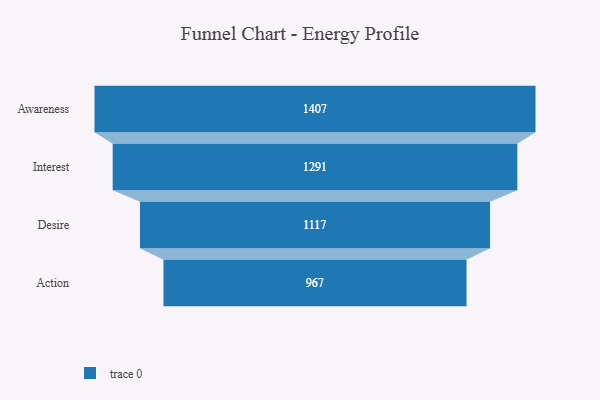
{"axis": {"x": "Stage", "y": "Value"}, "legend": [""], "data": [{"x": "Awareness", "y": 1407.0, "type": ""}, {"x": "Interest", "y": 1291.0, "type": ""}, {"x": "Desire", "y": 1117.0, "type": ""}, {"x": "Action", "y": 967.0, "type": ""}]}